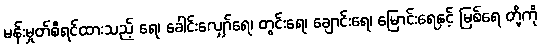
မန်းမှုတ်စီရင်ထားသည့် ရေ၊ ခေါင်းလျှော်ရေ၊ တွင်းရေ၊ ချောင်းရေ၊ မြောင်းရေနှင့် မြစ်ရေ တို့ကို